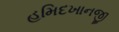
હમિદખાનજી